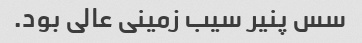
سس پنیر سیب زمینی عالی بود.